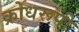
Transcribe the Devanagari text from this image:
क्रोधरूपी